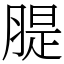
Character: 䐎